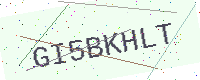
Text: GI5BKHLT